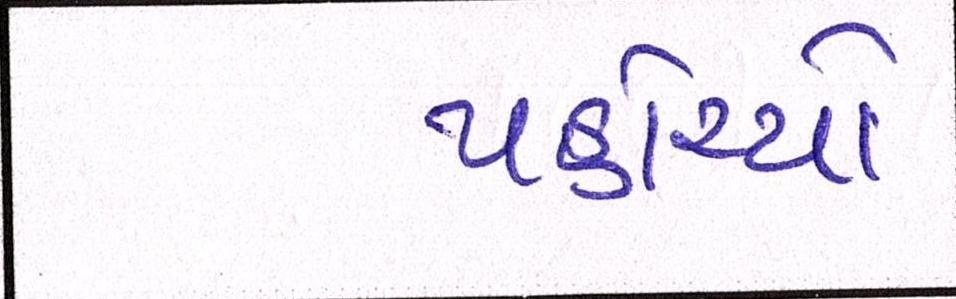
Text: પહોંચ્યો